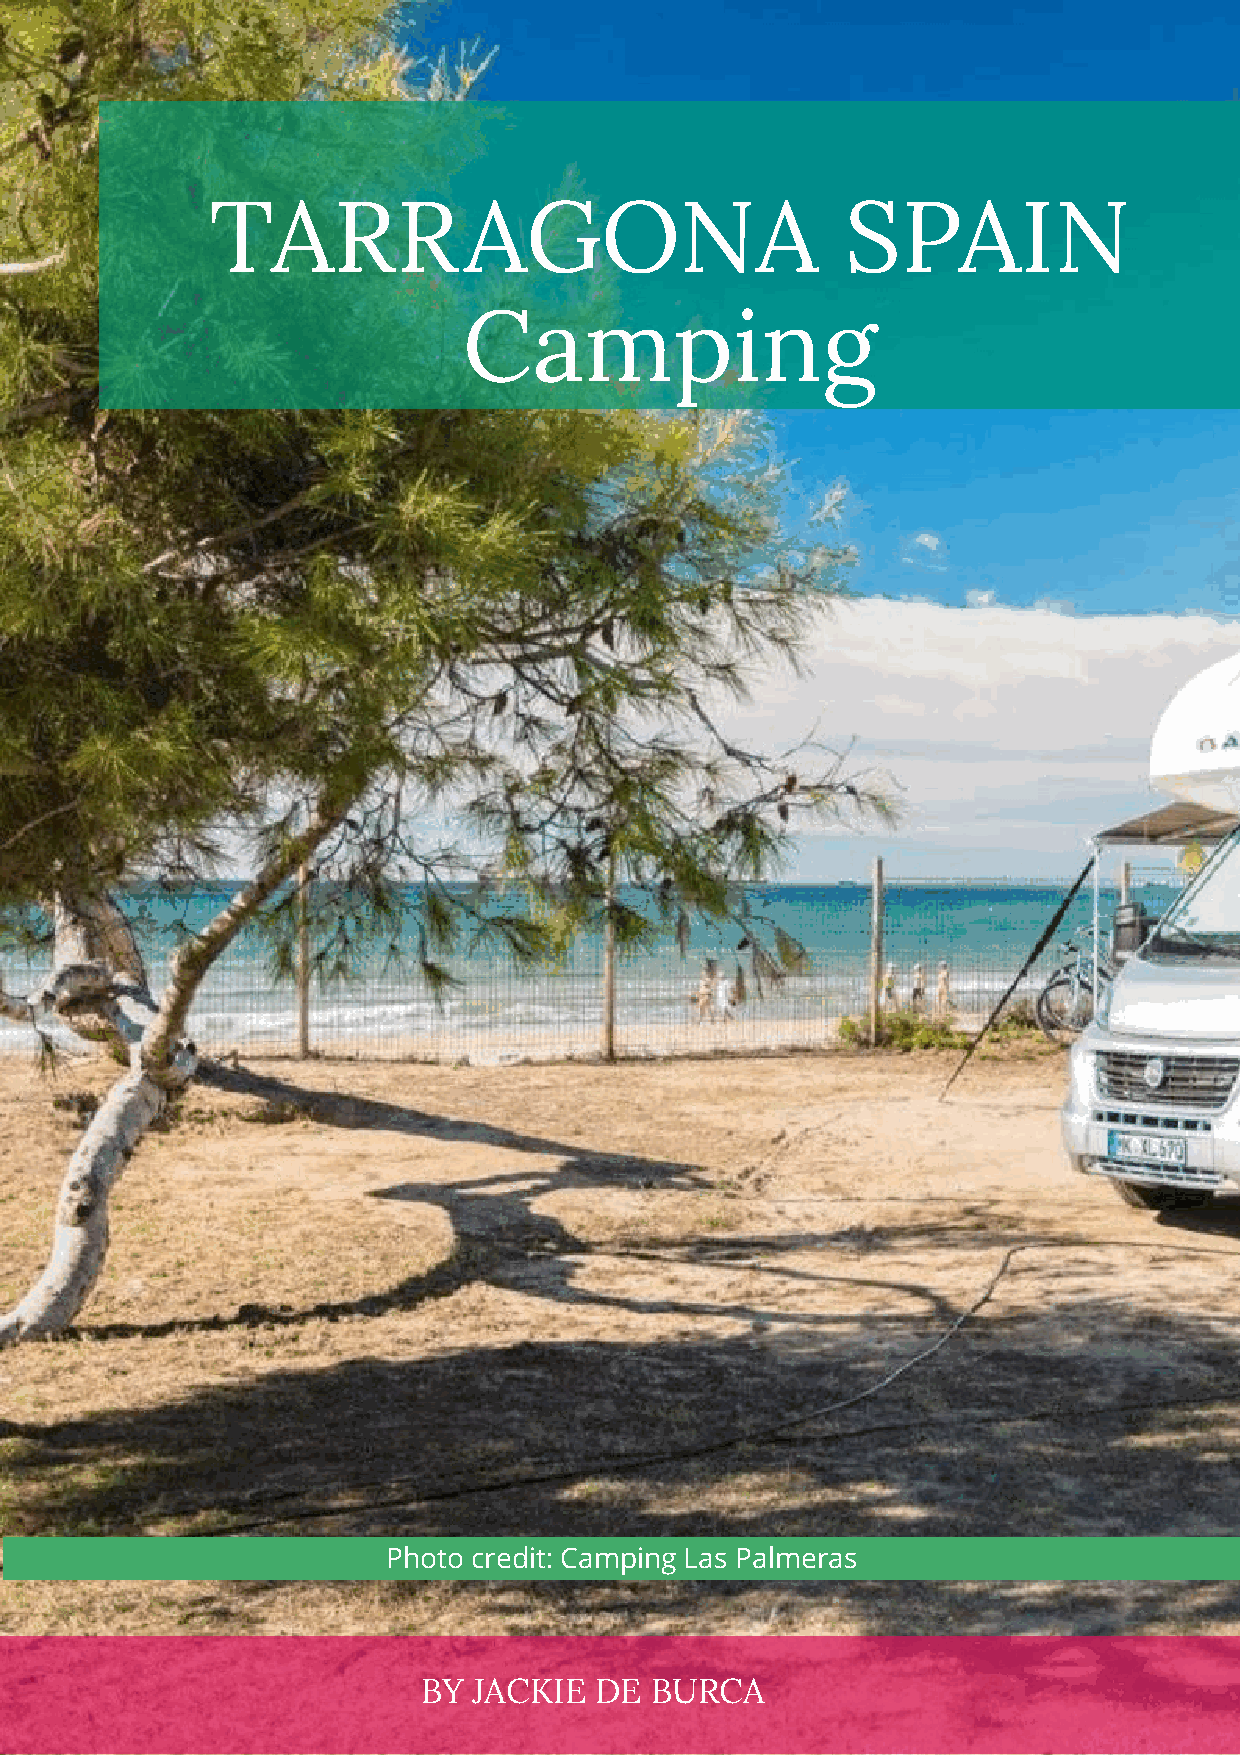
TARRAGONA                                 SPAIN
 Camping
 Photo credit: Camping Las Palmeras
 BY JACKIE  DE  BURCA